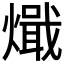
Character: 𰟧